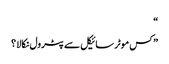
“
” کس موٹر سائیکل سے پٹرول نکالا ؟